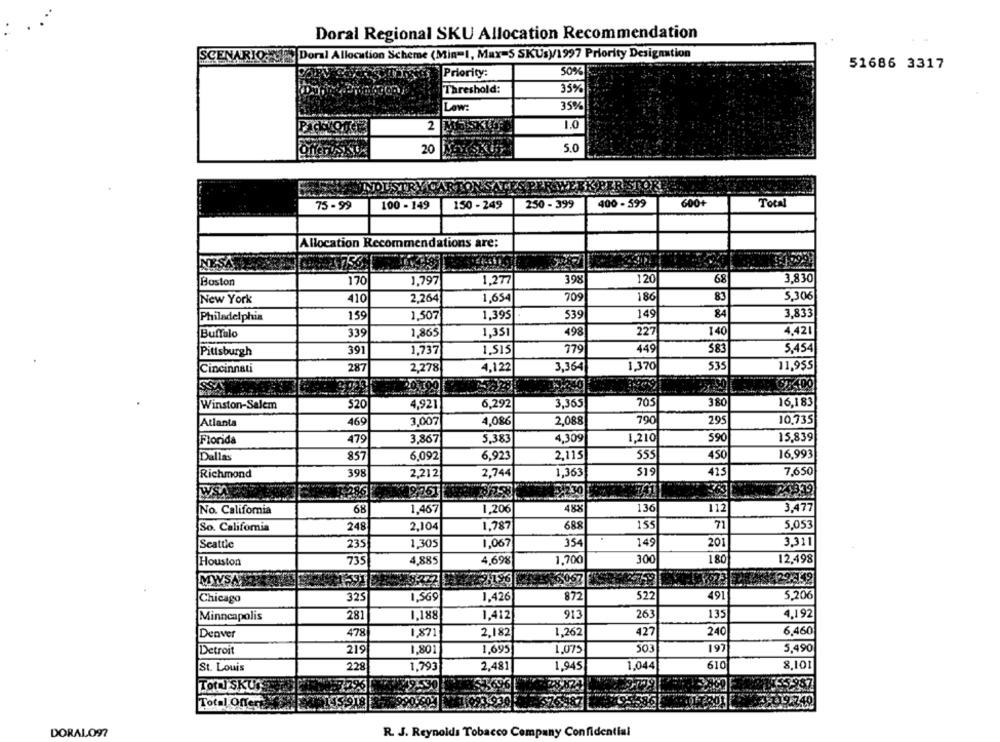
Doral Regional SKU Allocation Recommendation
SCENARIO TUES Doral Allocation Scheme (Min-1, Max-S SKUs)/1997 Priority Designation
51686 3317
Priority:
50%
Threshold:
35%
Law:
35%
2
1.0
5.0
20
INDUSTRY CARTONSAT
75 -99
100 - 149
150 - 249
250 - 399
400 - 599
600+
Total
Allocation Recommendations are:
Boston
170
1,797
1,277
398
120
68
3,830
709
186
83
5,306
New York
410
2.264
1,654
Philadelphia
159
1.507
1,395
539
149
84
3,833
Buffalo
339
1,865
1,351
498
227
140
4,421
779
449
583
5,454
Pittsburgh
391
1,737
1,515
Cincinnati
287
2,278
4,122
3,364
1,370
535
11,955
SSA
Winston-Salem
$20
4,921
6,292
3,365
705
380
16,183
Atlanta
469
3,007
4,086
2,088
790
295
10.735
1,210
590
15,839
Florida
479
3,867
5,383
4,309
Dallas
857
6,092
6,923
2,115
555
450
16,993
Richmond
398
2.212
2,744
1,363
$19
415
7,650
21339
WSA
3.230
No. California
68
1,467
1,206
488
136
112
3,477
So. California
248
2,104
1,787
688
155
71
5,053
3,311
Seattle
235
1,305
1,067
354
149
201
Houston
735
4,885
4,698
1,700
300
180
12,498
32282
MWSA
2.196
Chicago
325
1,569
1,426
872
522
491
5,206
Minneapolis
281
1.188
1,412
913
263
135
4,192
6.460
Denver
478
1871
2,182
1,262
427
240
Detroit
219
1.801
1,695
1,075
503
197
5,490
St. Louis
228
1,793
2,481
1,945
1,044
610
8,101
779
TOUT SKU
155987
Total Offers
19.740
DORALO97
R. J. Reynolds Tobacco Company Confidential